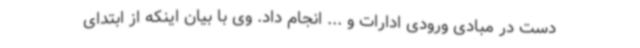
دست در مبادی ورودی ادارات و ... انجام داد. وی با بیان اینکه از ابتدای